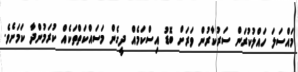
މައްސަލަ ހައްލުކުރަން ސަރުކާރުން ވަރަށް ބޮޑު އިސްކަމެއް ދީގެން މަސައްކަތްތަކެއް ކުރަމުންދާ ކަމަށެވެ.